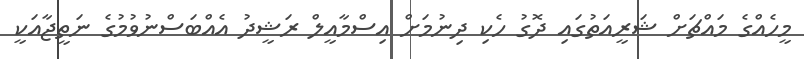
މީހެއްގެ މައްޗަށް ޝަރީއަތުގައި ދޮގު ހެކި ދިނުމަށް އިސްމާއީލް ރަޝީދު އެއްބަސްނުވުމުގެ ނަތީޖާއަކީ